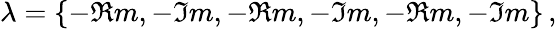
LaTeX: \lambda=\{ -\Re m,-\Im m,-\Re m,-\Im m,-\Re m,-\Im m\} \, ,